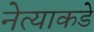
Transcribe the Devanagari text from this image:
नेत्याकडे